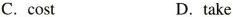
C.cost D.take